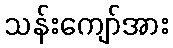
သန်းကျော်အား